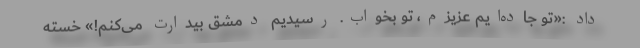
داد :«تو جاده‌ایم عزیزم، تو بخواب. رسیدیم دمشق بیدارت می‌کنم!» خسته